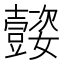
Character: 𡤜